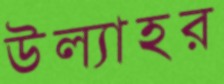
উল্যাহর